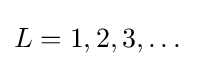
L=1,2,3,\dots